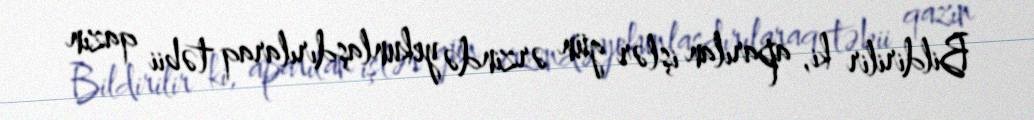
Bildirilir ki, aparılan işlər gün ərzində yekunlaşdırılaraq təbii qazın